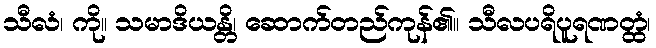
သီလံ၊ ကို။ သမာဒိယန္တိ၊ ဆောက်တည်ကုန်၏။ သီလပရိပူရဏတ္ထံ၊